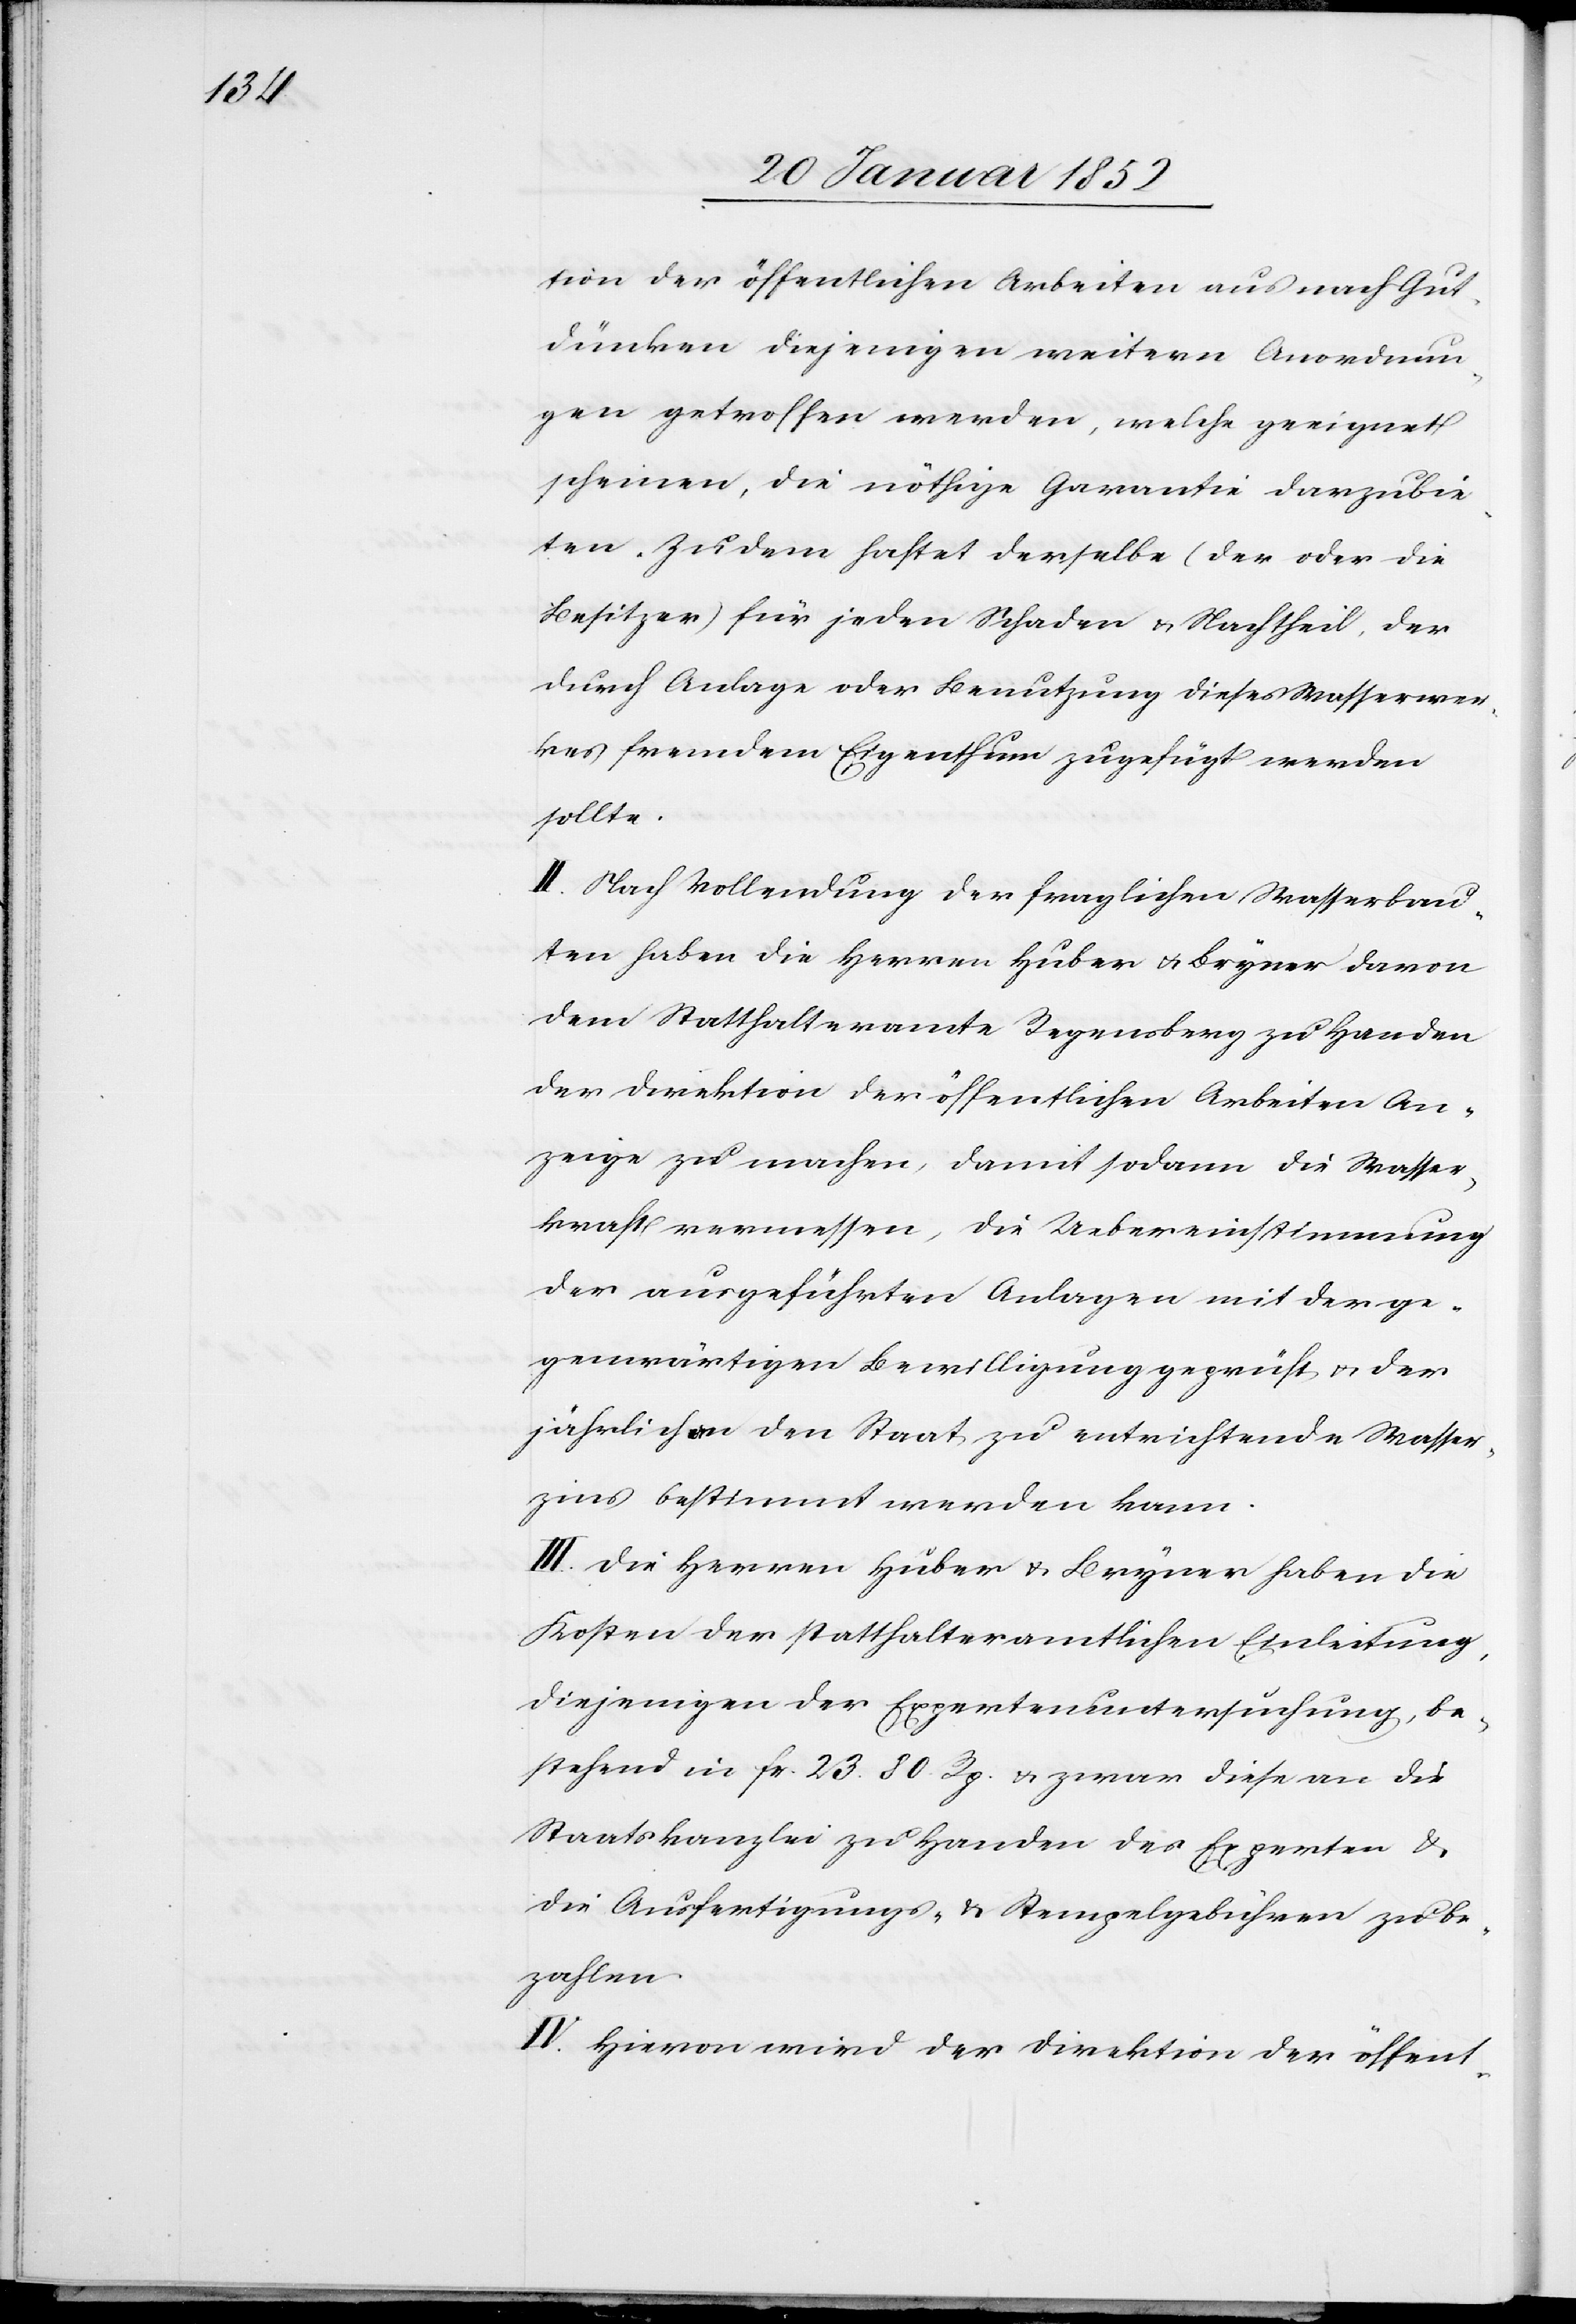
tion der öffentlichen Arbeiten aus nach Gut¬
dünken diejenigen weitern Anordnun¬
gen getroffen werden, welche geeignet
scheinen, die nöthige Garantie darzubie¬
ten. Zudem haftet derselbe (der oder die
Besitzer) für jeden Schaden u. Nachtheil, der
durch Anlage oder Benutzung dieses Wasserwer¬
kes fremdem Eigenthum zugefügt werden
sollte.
II. Nach Vollendung der fraglichen Wasserbau¬
ten haben die Herren Huber u. Bryner davon
dem Statthalteramte Regensberg zu Handen
der Direktion der öffentlichen Arbeiten An¬
zeige zu machen, damit sodann die Wasser¬
kraft vermessen, die Uebereinstimmung
der ausgeführten Anlagen mit der ge¬
genwärtigen Bewilligung geprüft u. der
jährlich an den Staat zu entrichtende Wasser¬
zins bestimmt werden kann.
III. Die Herren Huber u. Bryner haben die
Kosten der statthalteramtlichen Einleitung,
diejenigen der Expertenuntersuchung, be¬
stehend in fr. 23. 80 Rp. u. zwar diese an die
Staatskanzlei zu Handen des Experten u.
die Ausfertigungs- u. Stempelgebühren zu be¬
zahlen.
IV. Hievon wird der Direktion der öffent-